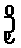
ဉှိ